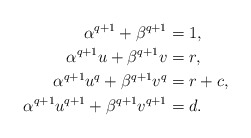
\begin{align*}\alpha^{q+1} + \beta^{q+1} &= 1,\\\alpha^{q+1} u + \beta^{q+1} v &= r,\\\alpha^{q+1} u^q + \beta^{q+1} v^q &= r+c,\\\alpha^{q+1} u^{q+1} + \beta^{q+1} v^{q+1} &= d.\end{align*}